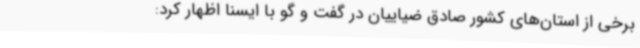
برخی از استان‌های کشور صادق ضیاییان در گفت و گو با ایسنا اظهار کرد: